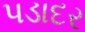
પડાદર